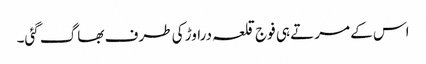
اس کے مرتے ہی فوج قلعہ دراوڑ کی طرف بھاگ گئی۔